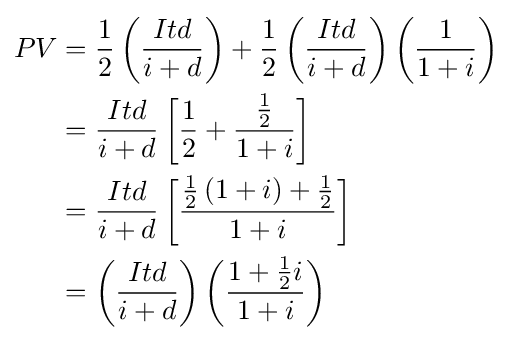
{\begin{aligned}PV&={\frac {1}{2}}\left({\frac {Itd}{i+d}}\right)+{\frac {1}{2}}\left({\frac {Itd}{i+d}}\right)\left({\frac {1}{1+i}}\right)\\&={\frac {Itd}{i+d}}\left[{\frac {1}{2}}+{\frac {\frac {1}{2}}{1+i}}\right]\\&={\frac {Itd}{i+d}}\left[{\frac {{\frac {1}{2}}\left(1+i\right)+{\frac {1}{2}}}{1+i}}\right]\\&=\left({\frac {Itd}{i+d}}\right)\left({\frac {1+{\frac {1}{2}}i}{1+i}}\right)\\\end{aligned}}